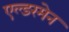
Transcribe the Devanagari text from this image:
एल्डरमेन